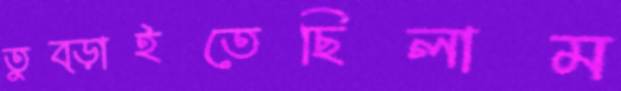
তুব্‌ড়াইতেছিলাম